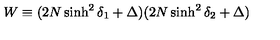
W \equiv ( 2 N \sinh ^ { 2 } \delta _ { 1 } + \Delta ) ( 2 N \sinh ^ { 2 } \delta _ { 2 } + \Delta )